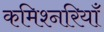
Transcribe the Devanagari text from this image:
कमिश्नरियाँ